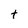
Character: t